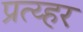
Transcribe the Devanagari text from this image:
प्रत्य्हर